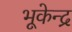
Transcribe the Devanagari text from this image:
भूकेन्द्र